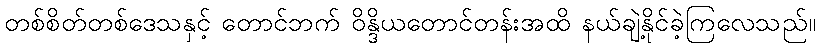
တစ်စိတ်တစ်ဒေသနှင့် တောင်ဘက် ဝိန္ဒိယတောင်တန်းအထိ နယ်ချဲ့နိုင်ခဲ့ကြလေသည်။